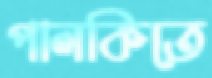
পালকিতে